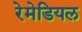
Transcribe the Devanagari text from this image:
रेमेडियल